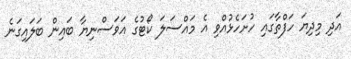
އަދި މިދިޔަ ހަފްތާގައި ހުށަހެޅުއްވި އެ މައްސަލަ ކޯޓުގެ އަވަސްނިޔާ ބައިން ބަލައިގަނެ